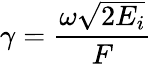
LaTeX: \gamma={\frac{\omega{\sqrt{2E_{i}}}}{F}}